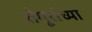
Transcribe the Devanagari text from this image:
तैमूरांच्या